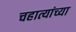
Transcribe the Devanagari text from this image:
चहात्यांच्या